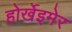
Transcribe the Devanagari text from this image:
होर्खेइमेर